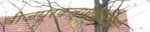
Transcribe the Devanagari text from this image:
वीजप्रकल्पापर्यंतची